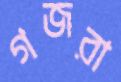
গজরা